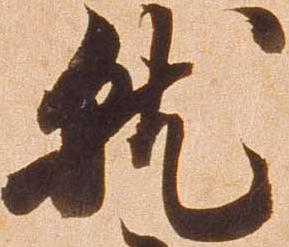
就